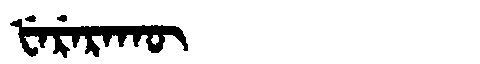
Manchu: ᡶᡝᡵᡝᡵᠠᡴᡡ
Romanization: FERERAKŪ